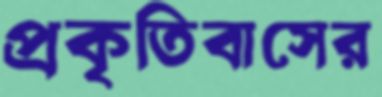
প্রকৃতিবাসের